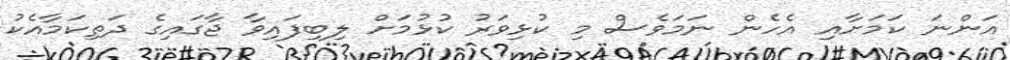
އަންނަ ކަމަށާއި އެހެން ނަމަވެސް މި ކުޅިވަރު ކުޅުމަށް ލިބިފައިވާ ޖާގައިގެ ދަތިކަމާއެކު